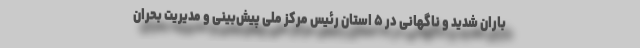
باران شدید و ناگهانی در ۵ استان رئیس مرکز ملی پیش‌بینی و مدیریت بحران